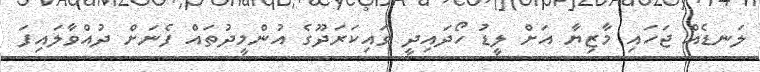
ލަނޑެއް ޖަހައި މާޒިޔާ އަށް ލީޑު ހޯދައިދީ ވައިކަރަދޫގެ އުންމީދުތައް ފެނަށް ދުއްވާލައިފަ